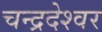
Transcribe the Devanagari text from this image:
चन्द्रदेश्वर